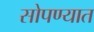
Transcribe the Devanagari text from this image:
सोपण्यात